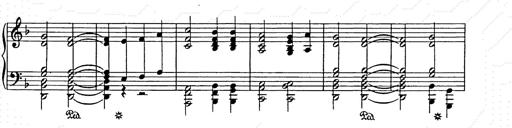
Title: Weihnachtsbaum
Composer: Franz Liszt